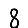
Digit: 8